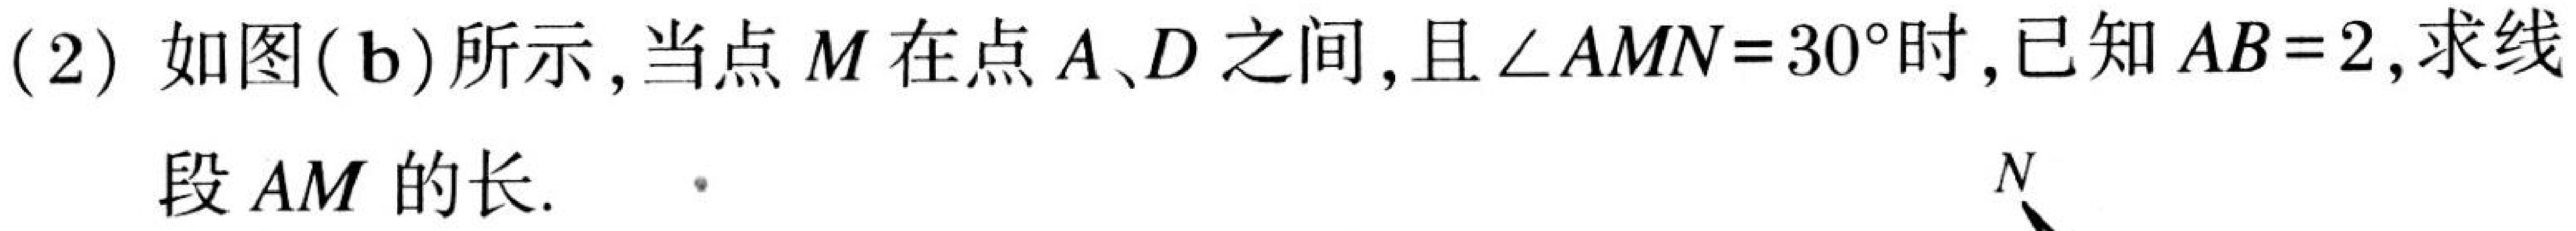
(2) 如图(b)所示,当点 \(M\) 在点 \(A、D\) 之间,且 \(\angle AMN = 30^{\circ}\)时,已知 \(AB = 2\),求线段 \(AM\) 的长.